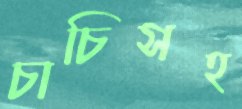
চাচিসহ